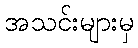
အသင်းများမှ